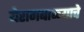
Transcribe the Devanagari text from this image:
येरागबाळ्याचे